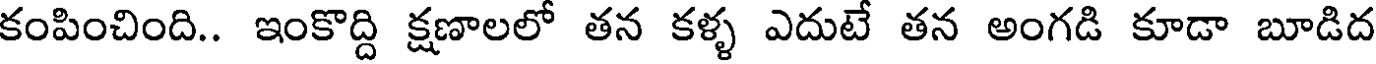
కంపించింది.. ఇంకొద్ది క్షణాలలో తన కళ్ళ ఎదుటే తన అంగడి కూడా బూడిద